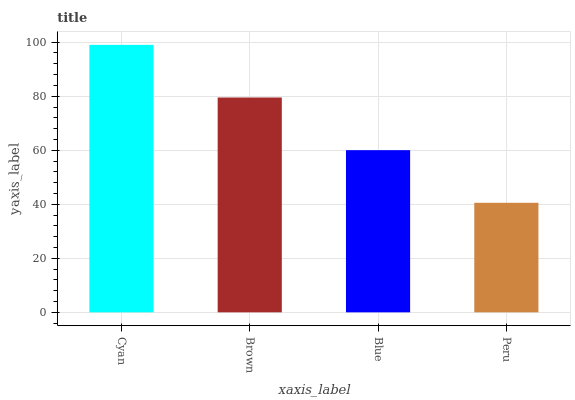
| xaxis_label | bars |
 | --- | --- |
 | Cyan | 99 |
 | Brown | 79.5 |
 | Blue | 60 |
 | Peru | 40.5 |